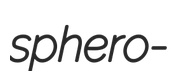
sphero-